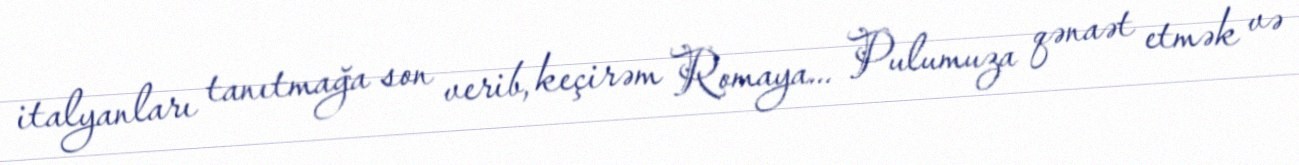
italyanları tanıtmağa son verib, keçirəm Romaya... Pulumuza qənaət etmək və